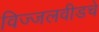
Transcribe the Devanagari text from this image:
विज्जलवीडचे